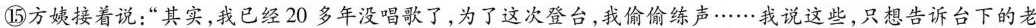
⑮方姨接着说；”其实，我已经20多年没唱歌了，为了这次登台，我偷偷练声……我说这些，只想告诉台下的老